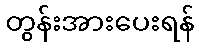
တွန်းအားပေးရန်